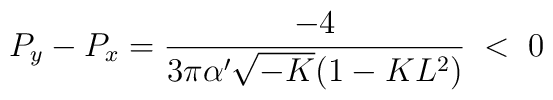
P_y-P_x=\frac{-4}{3\pi\alpha'\sqrt{-K}(1-KL^2)}\;<\;0